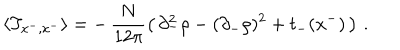
\langle T _ { x ^ { - } , x ^ { - } } \rangle = - \, \frac { N } { 1 2 \pi } \left( \, \partial _ { - } ^ { 2 } \rho - ( \partial _ { - } \rho ) ^ { 2 } + t _ { - } ( x ^ { - } ) \, \right) \, .